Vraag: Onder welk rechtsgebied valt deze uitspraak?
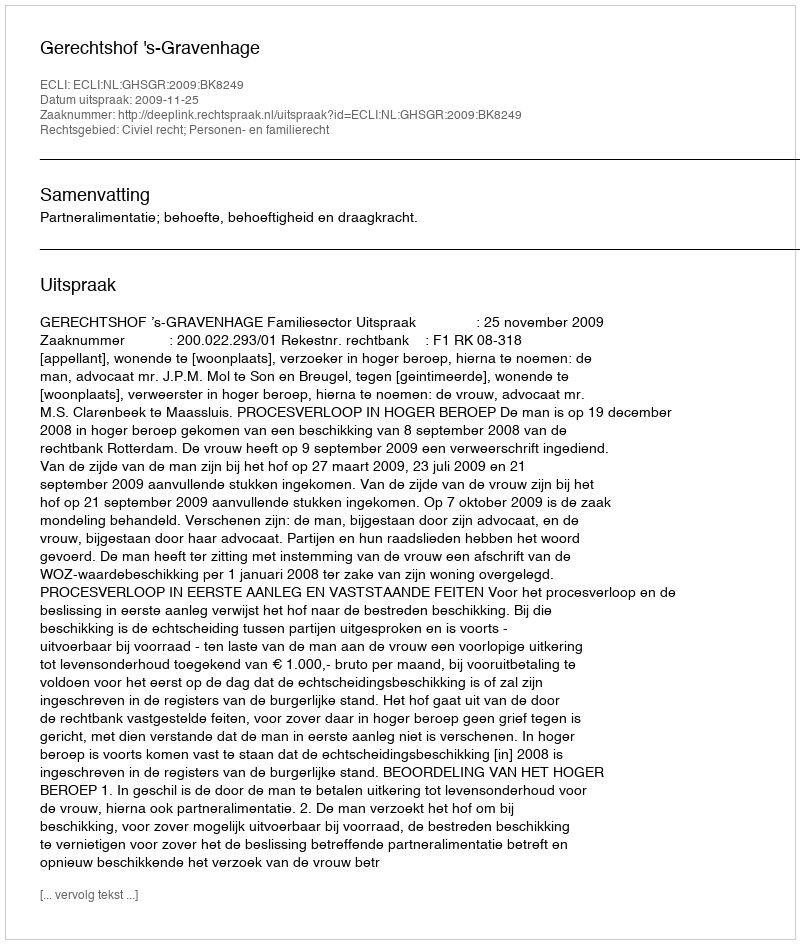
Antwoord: Civiel recht; Personen- en familierecht